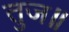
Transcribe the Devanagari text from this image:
तुज॥